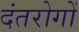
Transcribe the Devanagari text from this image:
दंतरोगों